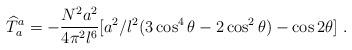
LaTeX: \begin{align*}{\widehat T}_{a}^{a}=-{N^2a^2 \over 4 \pi^2l^6}[a^2/l^2 (3\cos^4{\theta}-2\cos^2{\theta})-\cos{2\theta}]\ .\end{align*}